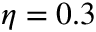
\eta = 0 . 3